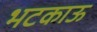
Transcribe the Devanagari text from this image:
भटकाऊ